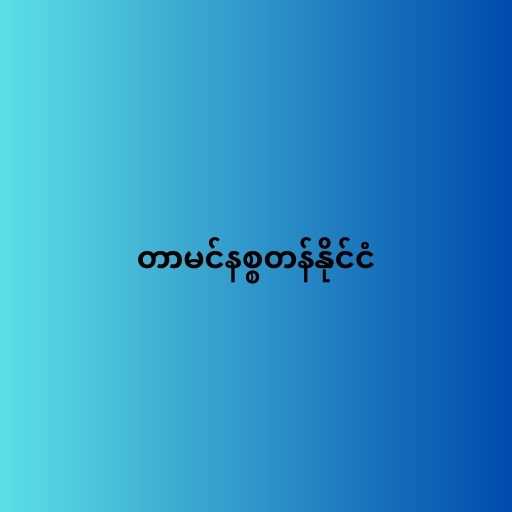
တာမင်နစ္စတန်နိုင်ငံ